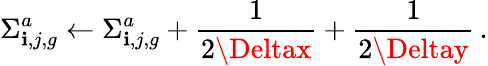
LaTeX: \Sigma_{\mathbf{i},j,g}^{a}\leftarrow\Sigma_{\mathbf{i},j,g}^{a}+\frac{{1}}{{2\Deltax}}+\frac{{1}}{{2\Deltay}}\, .